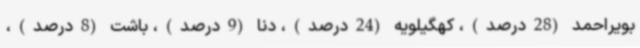
بویراحمد (28درصد)، کهگیلویه (24درصد)، دنا (9درصد)، باشت (8درصد)،